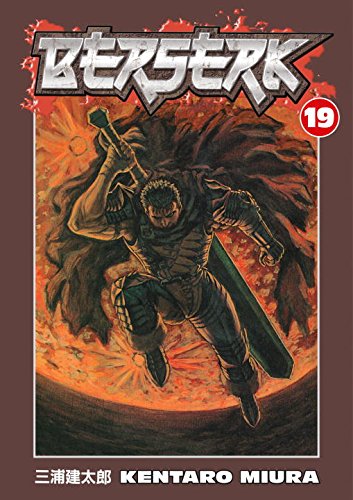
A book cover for Berserk, Vol. 19; Kentaro Miura; Comics & Graphic Novels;